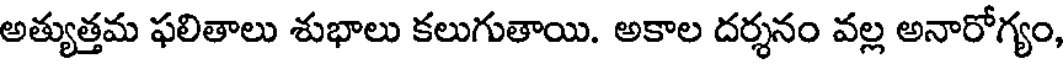
అత్యుత్తమ ఫలితాలు శుభాలు కలుగుతాయి. అకాల దర్శనం వల్ల అనారోగ్యం,